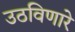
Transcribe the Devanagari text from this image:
उठविणारे